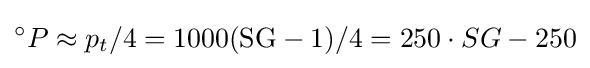
^{\circ }P\approx p_{t}/4=1000({\text{SG}}-1)/4=250\cdot SG-250